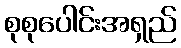
စုစုပေါင်းအရှည်